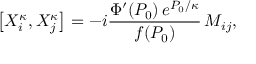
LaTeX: \left[ { \cal X } _ { i } ^ { \kappa } , { \cal X } _ { j } ^ { \kappa } \right] = - i \frac { \Phi ^ { \prime } ( P _ { 0 } ) \, e ^ { P _ { 0 } / \kappa } } { f ( P _ { 0 } ) } \, M _ { i j } ,